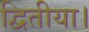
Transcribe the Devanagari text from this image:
द्वितीया।